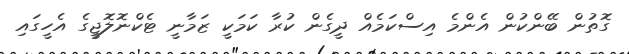
ގޮތުން ބޭންކުން އެންމެ އިސްކަމެއް ދީގެން ކުރާ ކަމަކީ ޒަމާނީ ޓެކްނޮލޮޖީގެ އެހީގައި